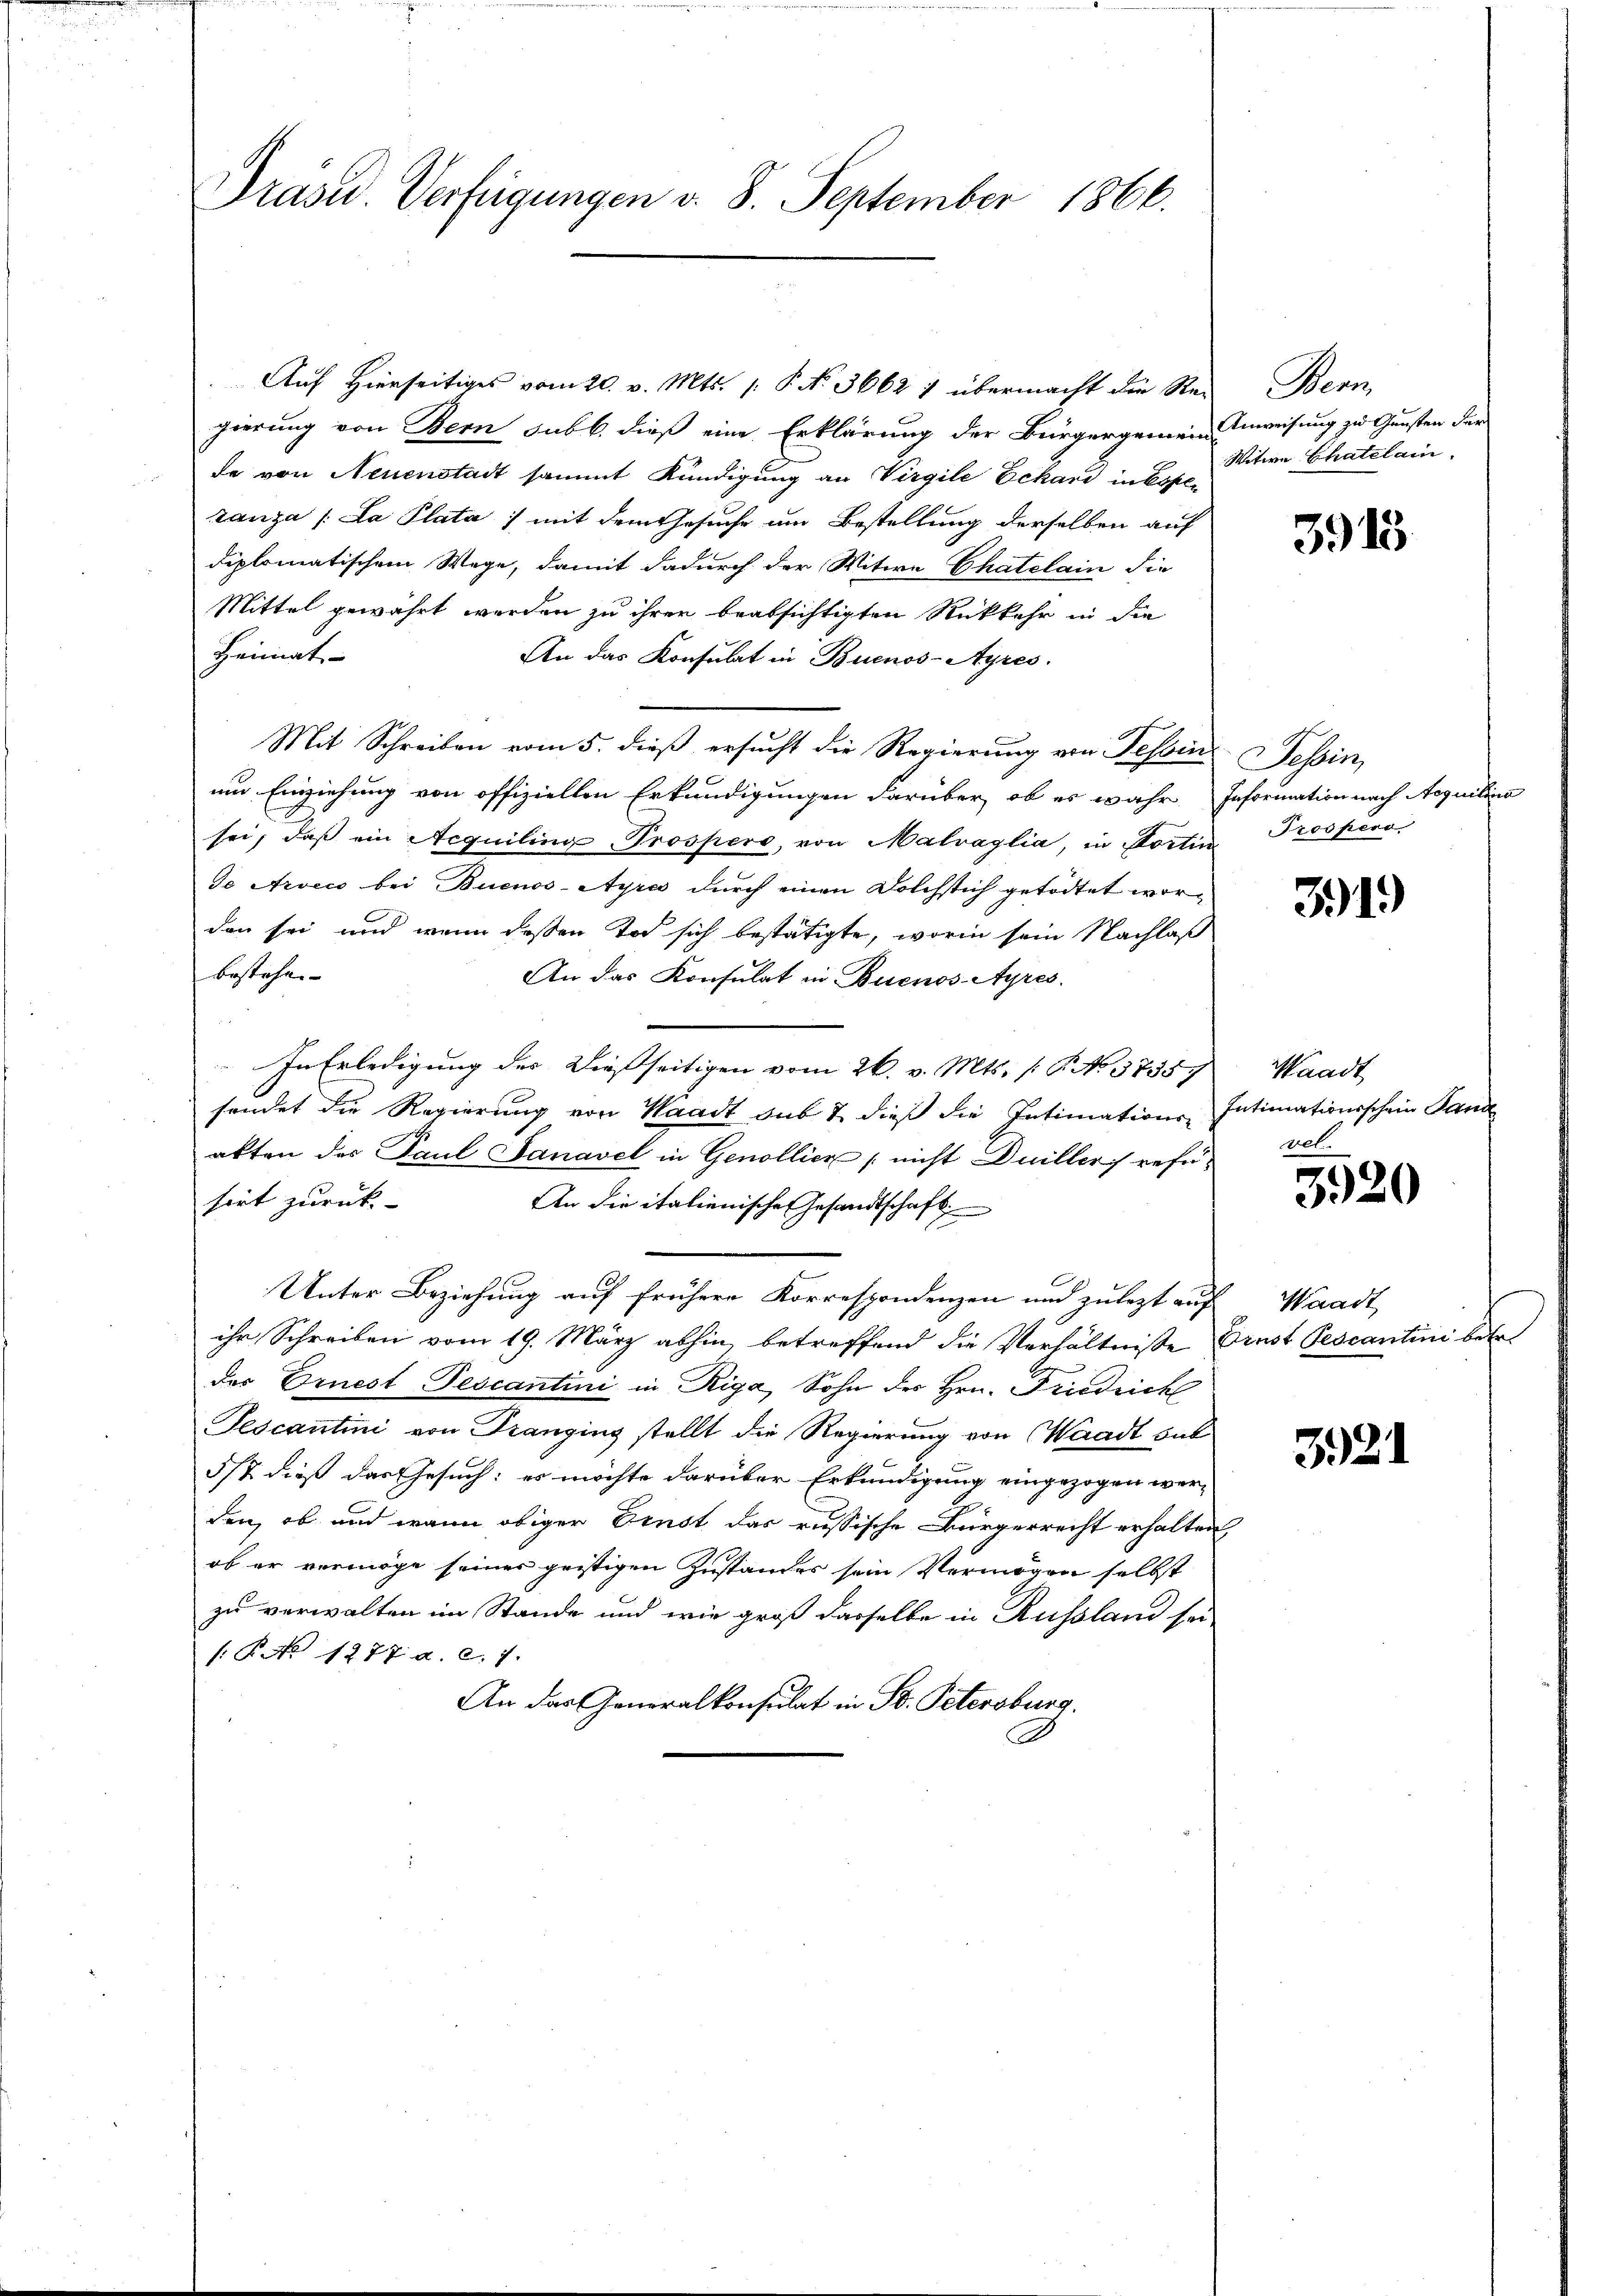
Präsid. Verfügungen v. 8. September 1866.

gierung von Bern sub b. dieß eine Erklärung der Bürgergemeine Anweisung zu Gunsten der
de von Neuenstadt sammt Kündigung an Virgile Eckard in Espezanza /: La Plata mit dem Gesuche um Bestellung derselben auf
diplomatischem Wege, damit dadurch der Witwe Chatelain die
Mittel gewährt werden zu ihrer beabsichtigten Rückkehr in die
Heimat
An das Konsulat in Buenos-Ayres.
Mit Schreiben vom 5. dieß ersucht die Regierung von Tessin Tessin,
um Einziehung von offiziellen Erkundigungen darüber, ob es wahr
sei, daß ein Aequiling Prosperg, von Malraglia, in Portin Prospeno
de Arvec bei Buenos-Ayres durch einen Dolchstich getödtet worden sei und wenn dessen Tod sich bestätigte, worin sein Nachlaß
bestehe.
An das Konsulat in Buenos-Ayres.
In Erledigung des Dießseitigen vom 26. v. Mts. /: P. No 3735, Waadt
sendet die Regierung von Waadt sub & dieß die Intimations-Intimationsschein Pand
akten des Paul Danavel in Genollier nicht Duellers refü-
hört zurück-
An die italienische Gesandtschaft
Unter Beziehung auf frühere Korrespondenzen und zulezt auf Waadt
ihr Schreiben vom 19. März abhin, betreffend die Verhältnisse Ernst Pescantini betr.
der Ernest Pescantini in Riga, Sohn der Hrn. Friedrich
Tescantini von Dranging stellt die Regierung von Waadt sub
5/2 dieß das Gesuch: es möchte darüber Erkundigung eingezogen wer-
den, ob und wann obiger Brust das russische Bürgerrecht erhalten
ob er vermöge seiner geistigen Zustandes sein Vermögen selbst
zu verwalten im Stande und wie groß dasselbe in Russland sei
: P. No 1277. a. c. 7.
An das Generalkonsulat in St. Petersburg.
A.

Auf Hierseitiges vom 20. v. Mts. (: P. N. 3662 1 übermacht die Re-

Bern
Witwe Chatelain.

f

3915

Information nach Aequilina

319)

vet.

3920

321